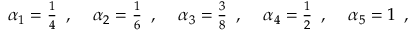
\begin{array} { c c c c c } { \alpha _ { 1 } = \frac { 1 } { 4 } \, \mathrm { ~ , ~ } } & { \alpha _ { 2 } = \frac { 1 } { 6 } \, \mathrm { ~ , ~ } } & { \alpha _ { 3 } = \frac { 3 } { 8 } \, \mathrm { ~ , ~ } } & { \alpha _ { 4 } = \frac { 1 } { 2 } \, \mathrm { ~ , ~ } } & { \alpha _ { 5 } = 1 \, \mathrm { ~ , ~ } } \end{array}